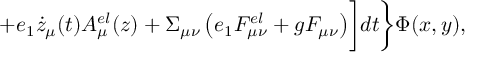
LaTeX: + e _ { 1 } \dot { z } _ { \mu } ( t ) A _ { \mu } ^ { e l } ( z ) + \Sigma _ { \mu \nu } \left( e _ { 1 } F _ { \mu \nu } ^ { e l } + g F _ { \mu \nu } \right) \biggr ] d t \biggr \} \Phi ( x , y ) ,